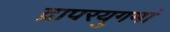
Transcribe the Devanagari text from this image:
द्रापरयुगमां